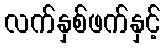
လက်နှစ်ဖက်နှင့်